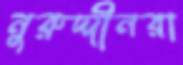
নুরুদ্দীনরা